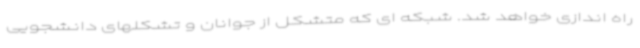
راه اندازی خواهد شد. شبکه ای که متشکل از جوانان و تشکلهای دانشجویی